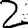
Digit: 2